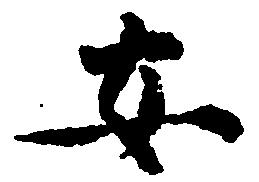
安